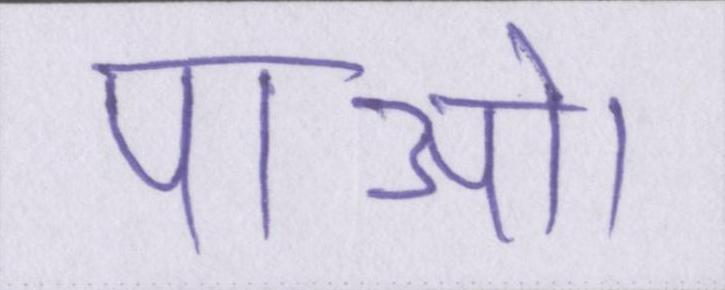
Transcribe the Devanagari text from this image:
पाओ।